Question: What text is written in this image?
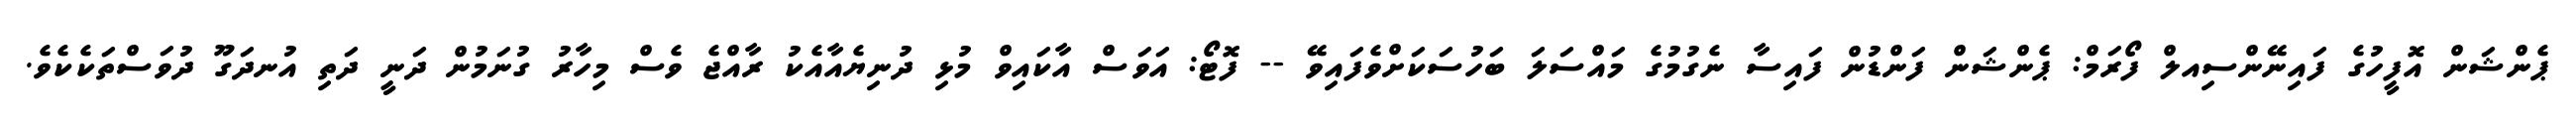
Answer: ޕެންޝަން އޮފީހުގެ ފައިނޭންސިއލް ފޯރަމް: ޕެންޝަން ފަންޑުން ފައިސާ ނެގުމުގެ މައްސަލަ ބަހުސަކަށްވެފައިވޭ -- ފޮޓޯ: އަވަސް އާކައިވް މުޅި ދުނިޔެއާއެކު ރާއްޖެ ވެސް މިހާރު ގުނަމުން ދަނީ ދަތި އުނދަގޫ ދުވަސްތަކެކެވެ.